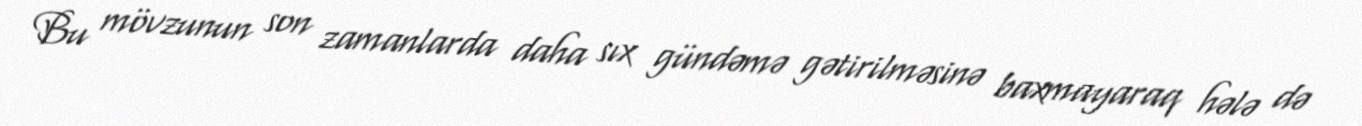
Bu mövzunun son zamanlarda daha sıx gündəmə gətirilməsinə baxmayaraq hələ də